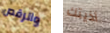
والرقص أذيتك